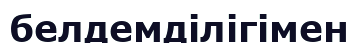
белдемділігімен